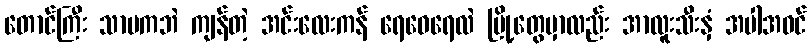
တောင်ကြီး သာမကဘဲ ကျန်တဲ့ အင်းလေးကန် ရေဝေရေလဲ မြို့တွေမှာလည်း အာလူးသီးနှံ အပါအဝင်